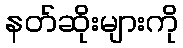
နတ်ဆိုးများကို